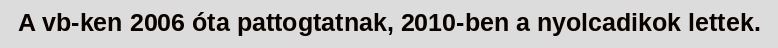
A vb-ken 2006 óta pattogtatnak, 2010-ben a nyolcadikok lettek.